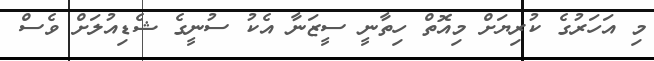
މި އަހަރުގެ ކުރިޔަށް މިއޮތް ހިތާނީ ސީޒަނާ އެކު ސުނީގެ ޝެޑިއުލަށް ވެސް